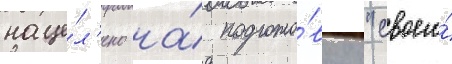
наце́л'ено на́ подгото́вку "своего́